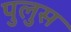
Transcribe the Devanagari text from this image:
पुलुस